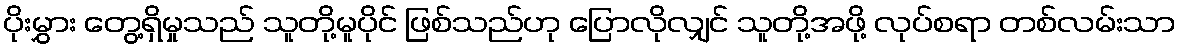
ပိုးမွှား တွေ့ရှိမှုသည် သူတို့မူပိုင် ဖြစ်သည်ဟု ပြောလိုလျှင် သူတို့အဖို့ လုပ်စရာ တစ်လမ်းသာ